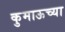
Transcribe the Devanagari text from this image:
कुमाऊच्या